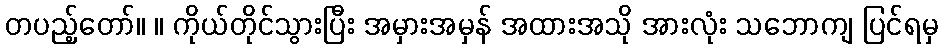
တပည့်တော်။ ။ ကိုယ်တိုင်သွားပြီး အမှားအမှန် အထားအသို အားလုံး သဘောကျ ပြင်ရမှ